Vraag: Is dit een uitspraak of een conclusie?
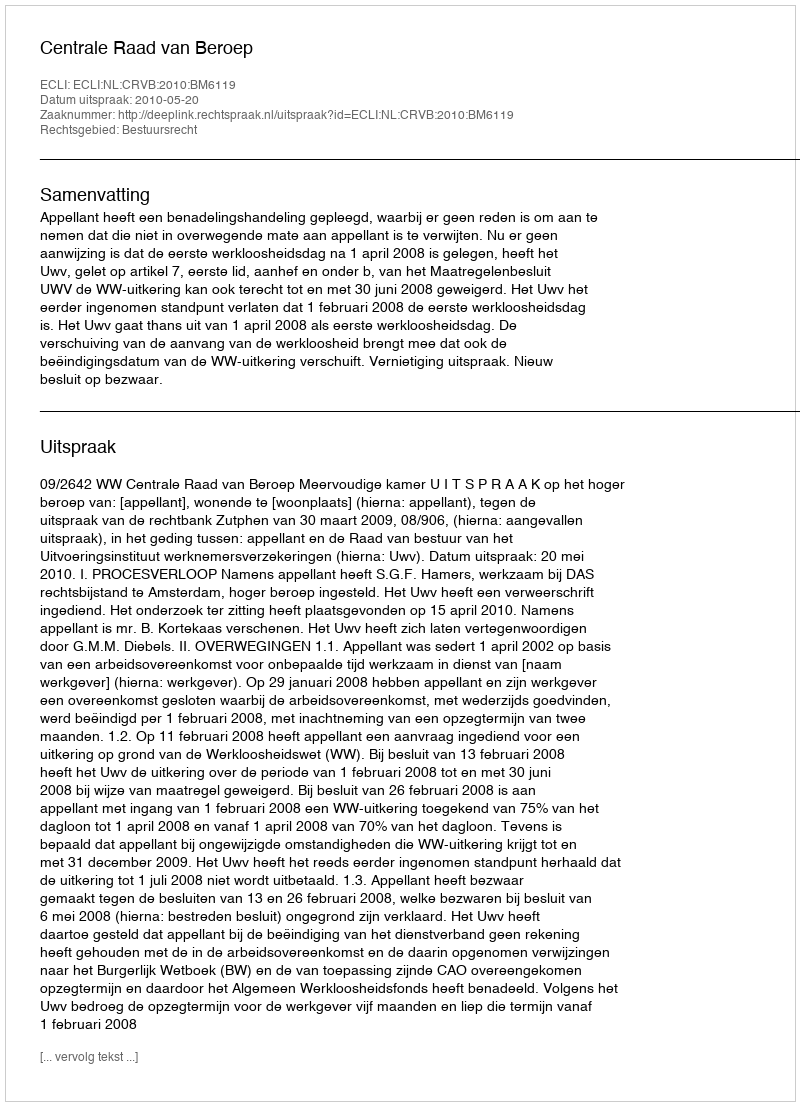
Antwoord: Uitspraak